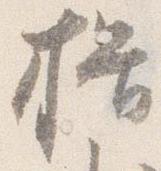
揖